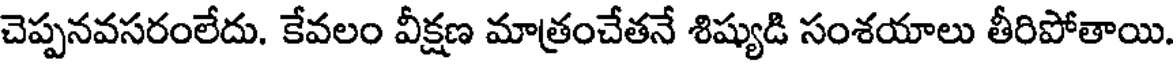
చెప్పనవసరంలేదు. కేవలం వీక్షణ మాత్రంచేతనే శిష్యుడి సంశయాలు తీరిపోతాయి.